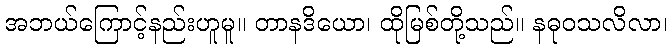
အဘယ်ကြောင့်နည်းဟူမူ။ တာနဒိယော၊ ထိုမြစ်တို့သည်။ နဓုဝသလိလာ၊